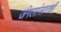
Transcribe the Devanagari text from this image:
जंगलांसारखी